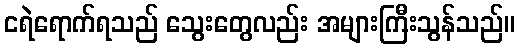
ငရဲရောက်ရသည် သွေးတွေလည်း အများကြီးသွန်သည်။